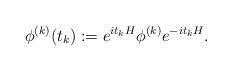
LaTeX: \begin{align*}\phi ^{(k)} (t_k) :=e^{it_kH} \phi ^{(k)} e^{-it_k H} .\end{align*}